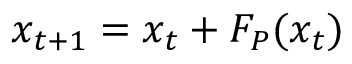
x _ { t + 1 } = x _ { t } + F _ { P } ( x _ { t } )